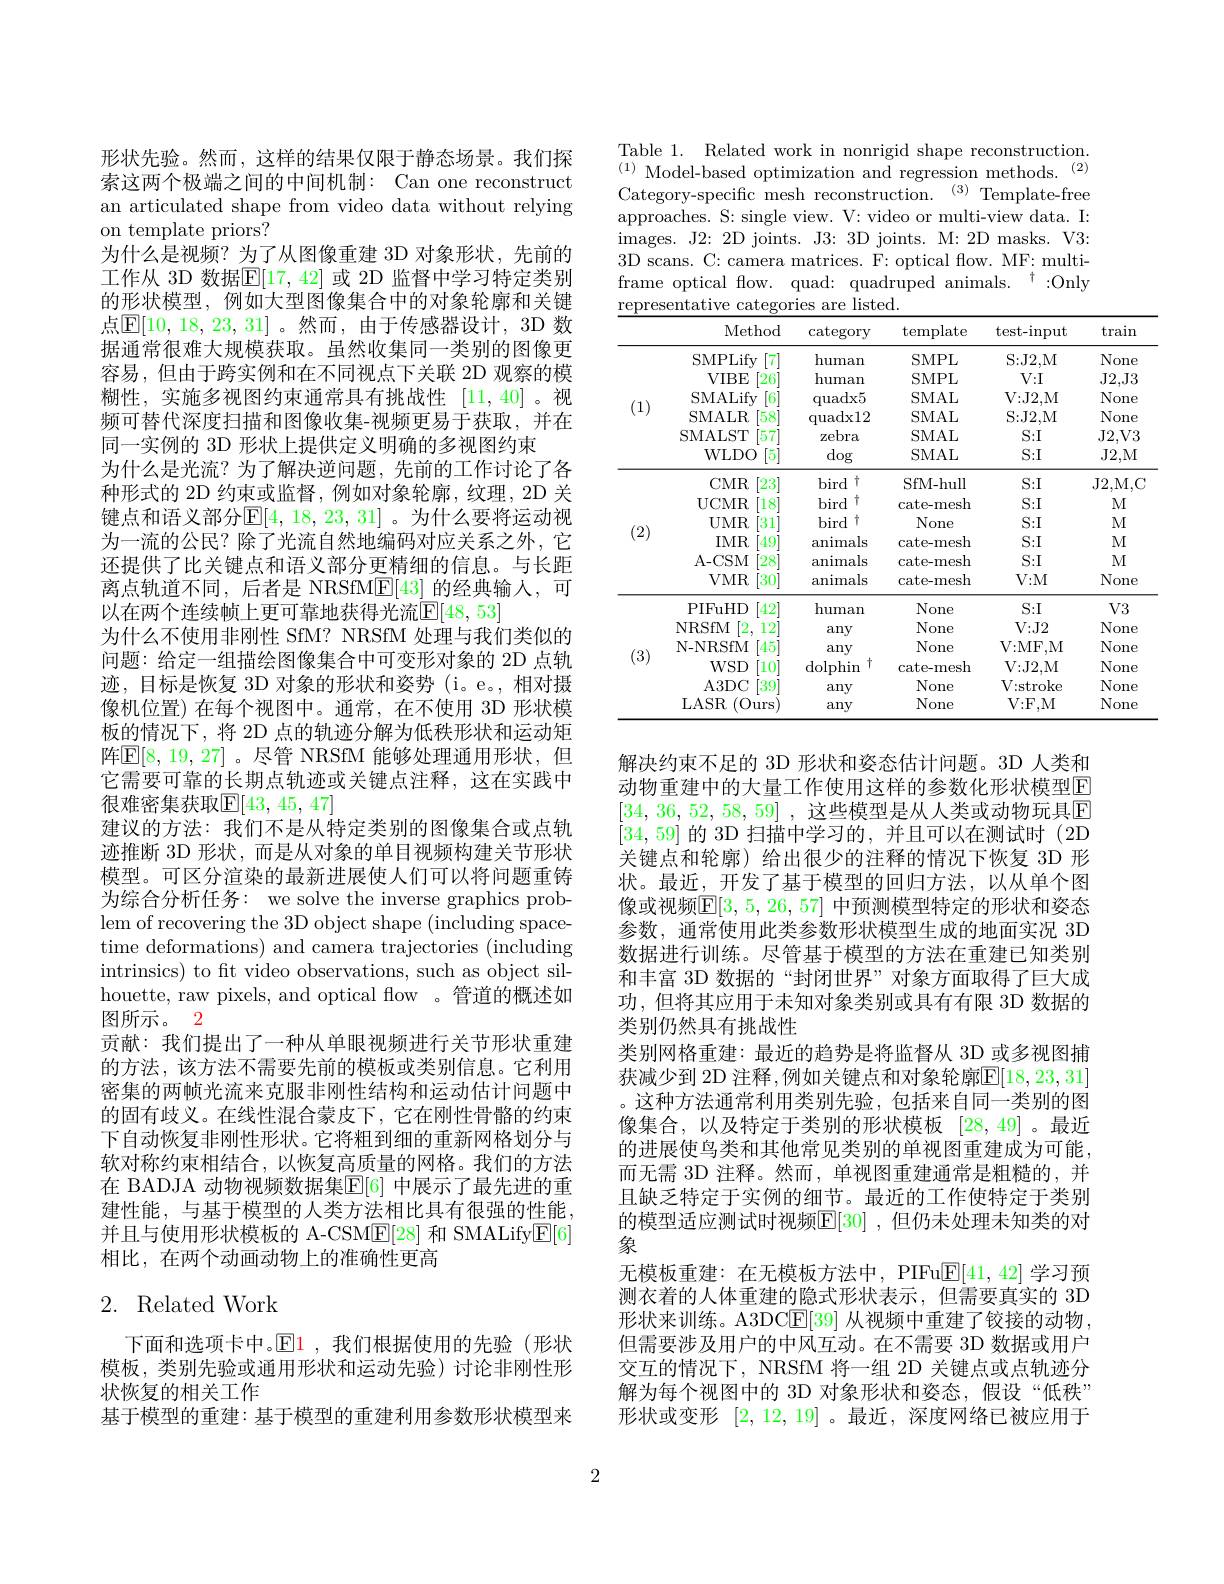
形状先验。然而，这样的结果仅限于静态场景。我们探索这两个极端之间的中间机制：Can one reconstruct an articulated shape from video data without relying on template priors?
为什么是视频？为了从图像重建 3D 对象形状，先前的工作从 3D 数据$\mathbb{E}[17,42]$ 或 2D 监督中学习特定类别的形状模型，例如大型图像集合中的对象轮廓和关键点$\mathbb{E}[10,18,23,31]$。然而，由于传感器设计，3D 数据通常很难大规模获取。虽然收集同一类别的图像更容易，但由于跨实例和在不同视点下关联 2D 观察的模糊性，实施多视图约束通常具有挑战性 [11,40]。视频可替代深度扫描和图像收集-视频更易于获取，并在同一实例的 3D 形状上提供定义明确的多视图约束
为什么是光流？为了解决逆问题，先前的工作讨论了各种形式的 2D 约束或监督，例如对象轮廓，纹理，2D 关键点和语义部分$\mathbb{E}[4,18,23,31]$。为什么要将运动视为一流的公民？除了光流自然地编码对应关系之外，它还提供了比关键点和语义部分更精细的信息。与长距离点轨道不同，后者是 NRSfM$\underline{\mathrm{E}}[43]$的经典输人，可以在两个连续帧上更可靠地获得光流$\mathbb{E}[48,53]$
为什么不使用非刚性 SfM? NRSfM 处理与我们类似的问题：给定一组描绘图像集合中可变形对象的 2D 点轨迹，目标是恢复 3D 对象的形状和姿势 (i。e。,相对摄像机位置)在每个视图中。通常，在不使用 3D 形状模板的情况下，将 2D 点的轨迹分解为低秩形状和运动矩阵$\mathbb{E}[8,19,27]$。尽管 NRSfM 能够处理通用形状，但它需要可靠的长期点轨迹或关键点注释，这在实践中很难密集获取$\mathbb{E}[43,45,47]$
建议的方法：我们不是从特定类别的图像集合或点轨迹推断 3D 形状，而是从对象的单目视频构建关节形状模型。可区分渲染的最新进展使人们可以将问题重铸为综合分析任务：we solve the inverse graphics problem of recovering the 3D object shape (including spacetime deformations) and camera trajectories (including intrinsics) to ft video observations, such as object silhouette, raw pixels, and optical flow 。管道的概述如图所示。2
贡献：我们提出了一种从单眼视频进行关节形状重建的方法，该方法不需要先前的模板或类别信息。它利用密集的两帧光流来克服非刚性结构和运动估计问题中的固有歧义。在线性混合蒙皮下，它在刚性骨骼的约束下自动恢复非刚性形状。它将粗到细的重新网格划分与软对称约束相结合，以恢复高质量的网格。我们的方法在 BADJA 动物视频数据集$\overline{\mathbb{E}}[6]$ 中展示了最先进的重建性能，与基于模型的人类方法相比具有很强的性能并且与使用形状模板的 A-CSME[28] 和 SMALify$\underline{\mathrm{E}}[6]$ 相比，在两个动画动物上的准确性更高

## 2. Related Work

下面和选项卡中。$\mathbb{E}1$,我们根据使用的先验(形状模板，类别先验或通用形状和运动先验)讨论非刚性形状恢复的相关工作
基于模型的重建：基于模型的重建利用参数形状模型来

Table 1. Related work in nonrigid shape reconstruction. $^{(1)}$Model-based optimization and regression methods.$^{(2)}$ Category-specific mesh reconstruction.$^{(3)}$Template-free approaches. S: single view. V: video or multi-view data. I: images. J2: 2D joints. J3: 3D joints. M: 2D masks. V3: 3D scans. C: camera matrices. F: optical flow. MF: multiframe optical flow. quad: quadruped animals. $^\dagger:$Only $\underline{\text{representative categories are listed.}}$

<table>
	<tbody>
		<tr>
			<th> </th>
			<th>Method</th>
			<th>$\operatorname{category}$</th>
			<th>$\operatorname{template}$</th>
			<th>test- input</th>
			<th>train</th>
		</tr>
		<tr>
			<td rowspan="6">(1)</td>
			<td>SMPLify [7]</td>
			<td>$\operatorname{human}$</td>
			<td>SMPL</td>
			<td>S: J2, M</td>
			<td>None</td>
		</tr>
		<tr>
			<td>VIBE $[26^{.}$</td>
			<td>human</td>
			<td>SMPL</td>
			<td>$V{:}$I</td>
			<td>$J2,J3$</td>
		</tr>
		<tr>
			<td>SMALify [6</td>
			<td>quadx5</td>
			<td>SMAL</td>
			<td>$V{:}$J2,M</td>
			<td>None</td>
		</tr>
		<tr>
			<td>SMALR $[58^{\cdot}$</td>
			<td>quadx12</td>
			<td>SMAL</td>
			<td>S: J2, M</td>
			<td>None</td>
		</tr>
		<tr>
			<td>SMALST [57</td>
			<td>zebra</td>
			<td>SMAL</td>
			<td>S:I</td>
			<td>J2, V3</td>
		</tr>
		<tr>
			<td>WLDO [5]</td>
			<td>$\deg$</td>
			<td>SMAL</td>
			<td>S:I</td>
			<td>$J2,M$</td>
		</tr>
		<tr>
			<td rowspan="6">(2)</td>
			<td>$CMR$ $[23^{\cdot}$</td>
			<td>bird 十</td>
			<td>SfM-hull</td>
			<td>S:I</td>
			<td>$J2,M$, C</td>
		</tr>
		<tr>
			<td>UCMR $18^{\cdot}$</td>
			<td>广 bird</td>
			<td>cate-mesh</td>
			<td>$S:I$</td>
			<td>$M$</td>
		</tr>
		<tr>
			<td>UMR [31]</td>
			<td>bird 广</td>
			<td>None</td>
			<td>S:I</td>
			<td>$M$</td>
		</tr>
		<tr>
			<td>$IMR$ 49</td>
			<td>animals</td>
			<td>cate-mesh</td>
			<td>S:I</td>
			<td>$M$</td>
		</tr>
		<tr>
			<td>A- CSM $[28^{\cdot}$</td>
			<td>animals</td>
			<td>cate-mesh</td>
			<td>S:I</td>
			<td>$M$</td>
		</tr>
		<tr>
			<td>$VMR$ [30]</td>
			<td>animals</td>
			<td>cate-mesh</td>
			<td>$V{:}$M</td>
			<td>None</td>
		</tr>
		<tr>
			<td rowspan="6">(3)</td>
			<td>PIFuHD $42^{\cdot}$</td>
			<td>human</td>
			<td>None</td>
			<td>S:I</td>
			<td>$V3$</td>
		</tr>
		<tr>
			<td>NRSfM [2. 12</td>
			<td>any</td>
			<td>None</td>
			<td>$V{:}$J2</td>
			<td>None</td>
		</tr>
		<tr>
			<td>N- NRSfM 45</td>
			<td>any</td>
			<td>None</td>
			<td>$V{:}$MF,M</td>
			<td>None</td>
		</tr>
		<tr>
			<td>$WSD$ 10</td>
			<td>$\operatorname{dolphin}$ 十</td>
			<td>cate-mesh</td>
			<td>$V{:}$J2,M</td>
			<td>None</td>
		</tr>
		<tr>
			<td>A3DC [39]</td>
			<td>any</td>
			<td>None</td>
			<td>V: stroke</td>
			<td>None</td>
		</tr>
		<tr>
			<td>LASR (0 urs</td>
			<td>any</td>
			<td>None</td>
			<td>$V{:}$F,M</td>
			<td>None</td>
		</tr>
	</tbody>
</table>

解决约束不足的 3D 形状和姿态估计问题。3D 人类和动物重建中的大量工作使用这样的参数化形状模型E $\left | 34, \:36, \:52, \:58, \:59\right |$ , 这 些 模 型 是 从 人 类 或 动 物 玩 具 E [34,59]的 3D 扫描中学习的，并且可以在测试时(2D 关键点和轮廓)给出很少的注释的情况下恢复 3D 形状。最近，开发了基于模型的回归方法，以从单个图像或视频$\boxed{\mathrm{F}}[3,5,26,57]$ 中预测模型特定的形状和姿态参数，通常使用此类参数形状模型生成的地面实况 3D 数据进行训练。尽管基于模型的方法在重建已知类别和丰富 3D 数据的“封闭世界”对象方面取得了巨大成功 ,但将其应用于未知对象类别或具有有限 3D 数据的类别仍然具有挑战性
类别网格重建：最近的趋势是将监督从 3D 或多视图捕获减少到 2D 注释，例如关键点和对象轮廓$\overline{\mathbb{E}}[18,23,31]$ 。这种方法通常利用类别先验，包括来自同一类别的图像集合，以及特定于类别的形状模板 [28,49]。最近的进展使鸟类和其他常见类别的单视图重建成为可能， 而无需 3D 注释。然而，单视图重建通常是粗糙的，并且缺乏特定于实例的细节。最近的工作使特定于类别的模型适应测试时视频$\mathbb{E}[30]$ ,但仍未处理未知类的对象
无模板重建：在无模板方法中，PIFu$\underline{\mathrm{E}}[41,42]$学习预测衣着的人体重建的隐式形状表示，但需要真实的 3D 形状来训练。A3DC$\underline{\mathrm{E}}[39]$从视频中重建了铰接的动物， 但需要涉及用户的中风互动。在不需要 3D 数据或用户交互的情况下，NRSfM 将一组 2D 关键点或点轨迹分解为每个视图中的 3D 对象形状和姿态，假设“低秩” 形状或变形[2,12,19] 。最近，深度网络已被应用于

2